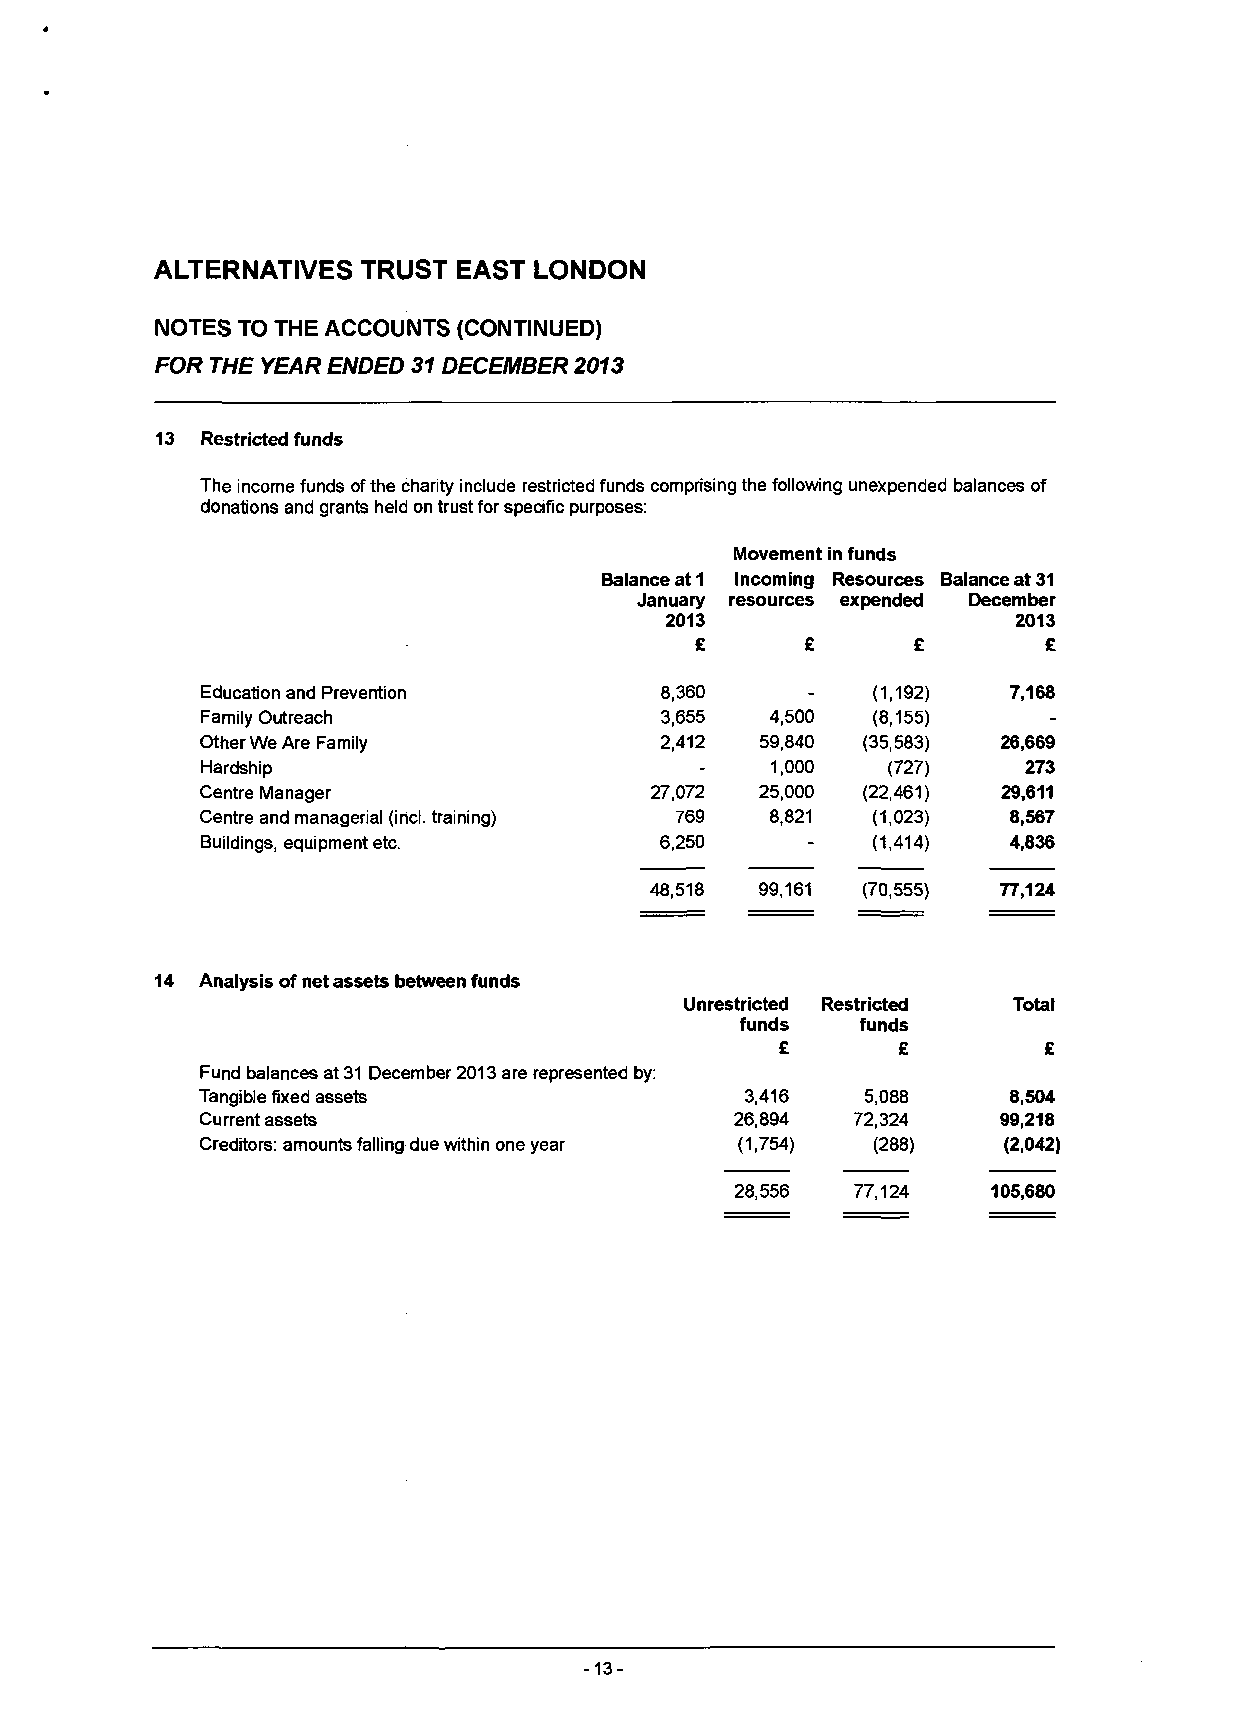
ALTERNATIVES  TRUST EAST LONDON
 NOTES TO THE ACCOUNTS (CONTINUED)
 FOR THE YEAR ENDED 31 DECEMBER 2013
 13 Restricted funds
 The income funds of the charity include restricted funds comprising the following unexpended balances of
 donations and grants held on trust for specific purposes:
 Movement in funds
 Balance at 1 Incoming Resources Balance at 31
 January resources expended December
 2013                   2013
 £      £      £        £
 Education and Prevention       8,360         (1,192)  7,168
 Family Outreach                3,655  4,500  (8,155)    -
 Other We Are Family            2,412 59,840 (35,583) 26,669
 Hardship                         -    1,000   (727)    273
 Centre Manager                27,072 25,000 (22,461) 29,611
 Centre and managerial (incl. training) 769 8,821 (1,023) 8,567
 Buildings, equipment etc.      6,250    -    (1,414)  4,836
 48,518 99,161 (70,555) 77,124
 Analysis of net assets between funds
 Unrestricted Restricted Total
 funds   funds
 £      £         £
 Fund balances at 31 December 2013 are represented by:
 Tangible fixed assets               3,416   5,088     8,504
 Current assets                      26,894  72,324   99,218
 Creditors: amounts falling due within one year (1,754) (288) (2,042)
 28,556  77,124   105,680
 -13-